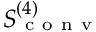
S _ { \mathrm { ~ c ~ o ~ n ~ v ~ } } ^ { ( 4 ) }